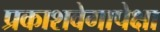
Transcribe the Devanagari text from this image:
प्रकाशवेगापेक्षा